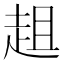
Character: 趄